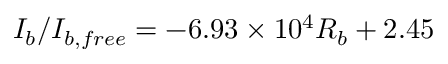
I _ { b } / I _ { b , f r e e } = - 6 . 9 3 \times 1 0 ^ { 4 } R _ { b } + 2 . 4 5